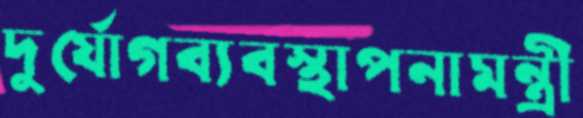
দুর্যোগব্যবস্থাপনামন্ত্রী